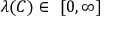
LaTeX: \lambda ( C ) \in \ [ 0 , \infty ]